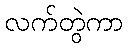
လက်တွဲကာ